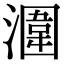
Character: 潿